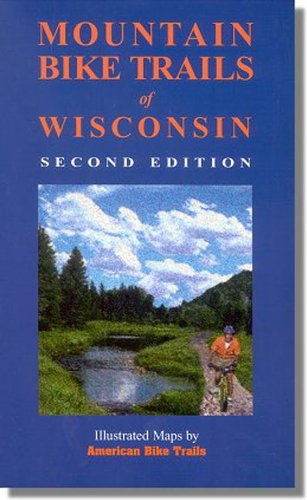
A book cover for Mountain Bike Trails of Wisconsin (Illustrated Bicycle Trails Book Series); Ray Hoven; Travel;